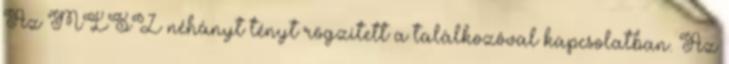
Az MLSZ néhányt tényt rögzített a találkozóval kapcsolatban. Az